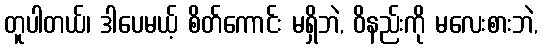
တူပါတယ်၊ ဒါပေမယ့် စိတ်ကောင်း မရှိဘဲ, ဝိနည်းကို မလေးစားဘဲ,